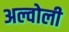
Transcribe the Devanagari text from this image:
अल्वोली